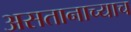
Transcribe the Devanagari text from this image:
असतानाच्याच